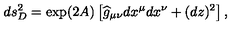
d s _ { D } ^ { 2 } = \exp ( 2 A ) \left[ { \widehat g } _ { \mu \nu } d x ^ { \mu } d x ^ { \nu } + ( d z ) ^ { 2 } \right] ,